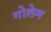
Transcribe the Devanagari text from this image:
गोलेम